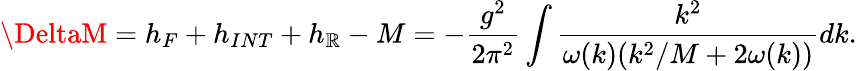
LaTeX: \DeltaM=h_{F}+h_{INT}+h_{\mathbb{R}}-M=-{\frac{{g^{2}}}{{2\pi^{2}}}}\int{\frac{{k^{2}}}{{\omega(k)(k^{2}/M+2\omega(k))}}}dk.